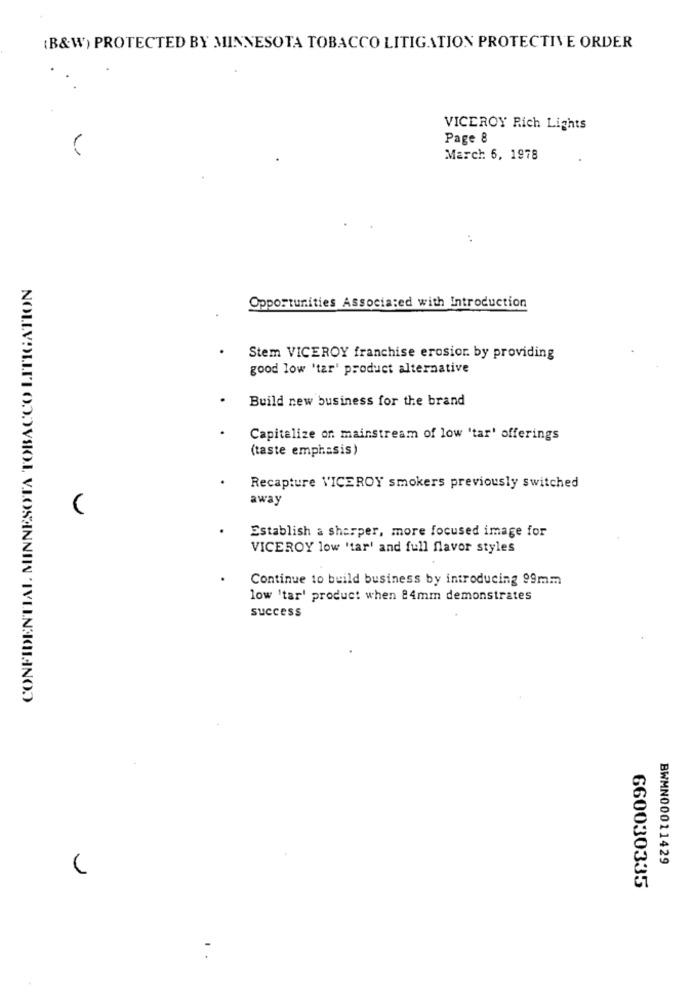
(B&W) PROTECTED BY MINNESOTA TOBACCO LITIGATION PROTECTIVE ORDER
VICEROY Rich Lights
Page 8
March 6, 1978
Opportunities Associated with Introduction
Stem VICEROY franchise erosion. by providing
good low 'tar' product alternative
Build new business for the brand
Capitalize on mainstream of low 'tar' offerings
(taste emphasis)
Recapture VICEROY smokers previously switched
away
Establish a sharper, more focused image for
VICEROY low 'tar' and full flavor styles
Continue to build business by introducing 99mm
low 'tar' product when 84mm demonstrates
success
NOLLVOLLTI ODDYSOL. VLOSANNIN ' IVLENAOLINO)
BWMN00011429
660030335